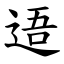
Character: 逜